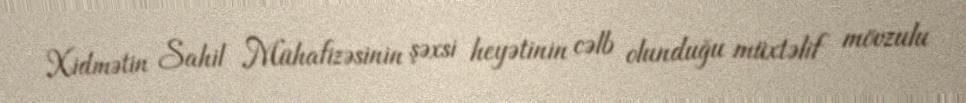
Xidmətin Sahil Mühafizəsinin şəxsi heyətinin cəlb olunduğu müxtəlif mövzulu